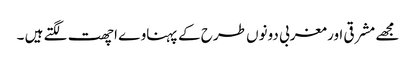
مجھے مشرقی اور مغربی دونوں طرح کے پہناوے اچھت لگتے ہیں ۔